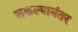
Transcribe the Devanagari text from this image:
शकल्यानंतर